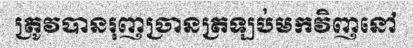
ត្រូវបានរុញច្រានត្រឡប់មកវិញនៅ